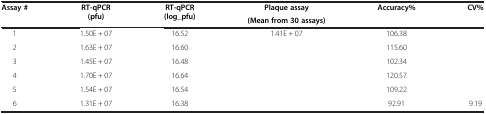
<table><thead><tr><td rowspan="2"><b>Assay #</b></td><td rowspan="2"><b>RT-qPCR (pfu)</b></td><td rowspan="2"><b>RT-qPCR (log_pfu)</b></td><td><b>Plaque assay</b></td><td rowspan="2"><b>Accuracy%</b></td><td rowspan="2"><b>CV%</b></td></tr><tr><td><b>(Mean from 30 assays)</b></td></tr></thead><tbody><tr><td>1</td><td>1.50E + 07</td><td>16.52</td><td rowspan="5">1.41E + 07</td><td>106.38</td><td rowspan="5"> </td></tr><tr><td>2</td><td>1.63E + 07</td><td>16.60</td><td>115.60</td></tr><tr><td>3</td><td>1.45E + 07</td><td>16.48</td><td>102.34</td></tr><tr><td>4</td><td>1.70E + 07</td><td>16.64</td><td>120.57</td></tr><tr><td>5</td><td>1.54E + 07</td><td>16.54</td><td>109.22</td></tr><tr><td>6</td><td>1.31E + 07</td><td>16.38</td><td> </td><td>92.91</td><td>9.19</td></tr></tbody></table>